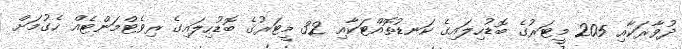
ދުވާރަކާއި 205 މީޓަރުގެ ބޮޑުހިލައިގެ ކަނޑުތޮއްޓަކާއި 32 މީޓަރުގެ ބޮޑުހިލައިގެ ރިވެޓްމަންޓެއް ހެގުމަށް